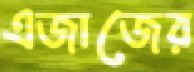
এজাজের